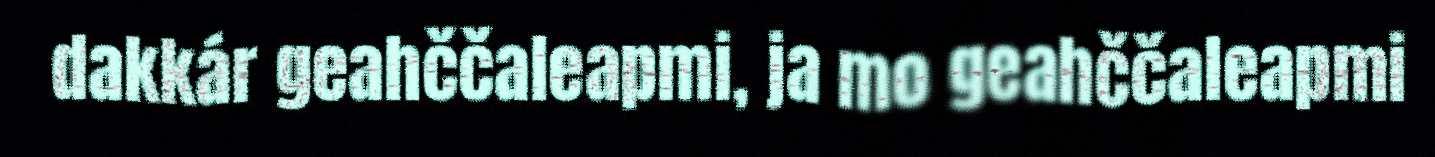
dakkár geahččaleapmi, ja mo geahččaleapmi